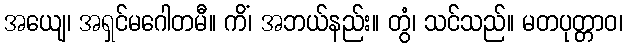
အယျေ၊ အရှင်မဂေါတမီ။ ကိံ၊ အဘယ်နည်း။ တွံ၊ သင်သည်။ မတပုတ္တာဝ၊